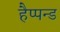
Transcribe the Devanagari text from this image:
हैप्पन्ड